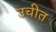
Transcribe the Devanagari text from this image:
उचीत